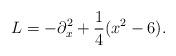
LaTeX: \begin{align*}L = - \partial_x^2 + \frac{1}{4} (x^2 - 6).\end{align*}